Civil Veterinary Department Bihar & Orissa reports 1911-21 - 1911-1921
Year: 1911
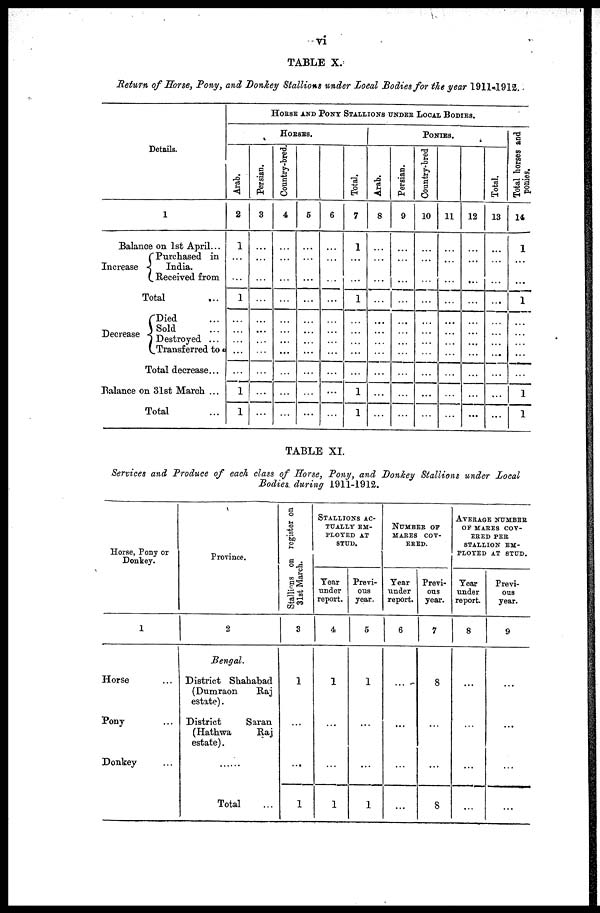
vi
TABLE X.
Return of Horse, Pony, and Donkey Stallions under Local Bodies for the year 1911 1912.
Details.
1
Balance on 1st April ...
Increase
Purchased in
India.
Received from
Total
Decrease
Died ...
Sold ...
Destroyed ...
Transferred to
Total decrease...
Balance on 31st March ...
Total
HORSE AND PONY STALLIONS UNDER LOCAL BODIES.
HORSES.
Arab.
2
1
...
1
1
1
Persian.
3
...
Country-bred.
4
...
...
...
5
...
...
...
6
...
...
...
Total.
7
1
...
1
...
1
1
PONIES.
Arab.
8
Persian.
9
...
...
...
Country-bred
10
...
...
11
...
12
...
...
...
...
...
Total.
13
...
...
...
...
...
Total horses and
ponies.
14
1
...
...
1
...
...
1
1
TABLE XI.
Services and Produce of each class of Horse, Pony, and Donkey Stallions under Local
Bodies during 1911-1912.
Horse, Pony or
Donkey.
1
Horse ...
Pony ...
Donkey
Province.
2
Bengal.
District Shahabad
(Dumraon
Raj
estate).
District
Saran
(Hathwa
Raj
estate).
......
Total ...
Stallions on register on
31st March.
3
1
...
...
1
STALLIONS AC-
------ EM-
PLOYED AT
STUD.
Tear
under
report.
4
1
...
...
1
Previ-
ous
year.
5
1
...
...
1
NUMBER OF
MAKES COV-
ERED .
Year
under
report.
6
...
...
...
...
Previ-
ous
year.
7
8
...
...
8
AVERAGE NUMBER
OF MARES COV-
ERED PER
STALLION EM-
PLOYED AT STUD.
Tear
under
report.
8
...
...
...
...
Previ-
ous
year.
9
...
...
...
...